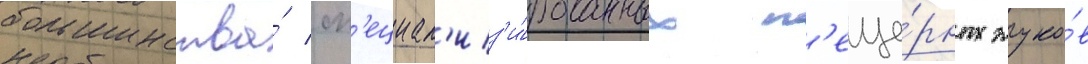
большинства́ сп'ециал'из'и́рованных п'еще́рных жуко́в